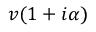
v ( 1 + i \alpha )